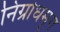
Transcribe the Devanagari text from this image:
निग्रोधमृग